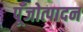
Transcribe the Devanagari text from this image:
पूँजोत्पादन